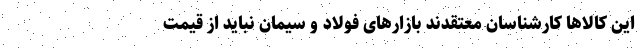
این کالاها کارشناسان معتقدند بازارهای فولاد و سیمان نباید از قیمت